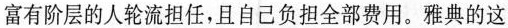
A.引发了贫富之间的对立